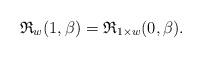
LaTeX: \begin{gather*} \mathfrak{R}_{w}(1,\beta)=\mathfrak{R}_{1 \times w}(0,\beta). \end{gather*}